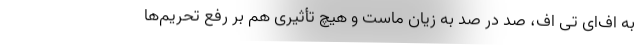
به اف‌ای تی اف، صد در صد به زیان ماست و هیچ تأثیری هم بر رفع تحریم‌ها